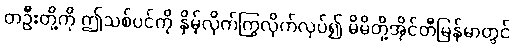
တဦးတို့ကို ဤသစ်ပင်ကို နှိမ့်လိုက်ကြွလိုက်လုပ်၍ မိမိတို့အိုင်တီမြန်မာတွင်